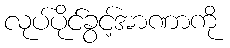
လုပ်ပိုင်ခွင့်အာဏာကို